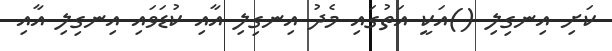
ކަށި އިނގިލި ()އަކީ އަތުގައި މެދު އިނގިލި އާއި ކުޑަވައި އިނގިލި އާއި